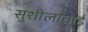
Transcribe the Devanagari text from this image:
सुशीलाताई